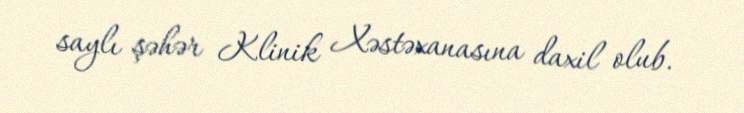
saylı şəhər Klinik Xəstəxanasına daxil olub.